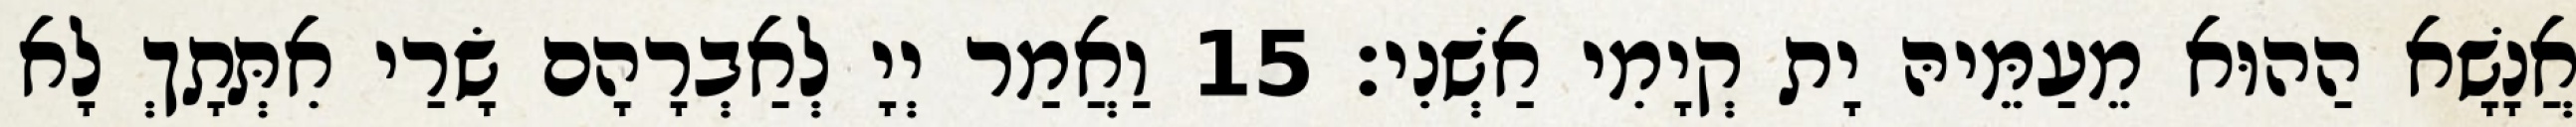
אֲנָשָׁא הַהוּא מֵעַמֵּיהּ יָת קְיָמִי אַשְׁנִי׃ 15 וַאֲמַר יְיָ לְאַבְרָהָם שָׂרַי אִתְּתָךְ לָא